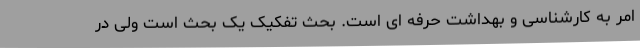
امر به کارشناسی و بهداشت حرفه ای است. بحث تفکیک یک بحث است ولی در